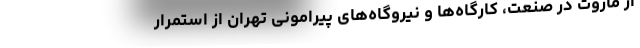
از مازوت در صنعت، کارگاه‌ها و نیروگاه‌های پیرامونی تهران از استمرار